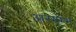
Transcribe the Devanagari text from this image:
आरमम्भ